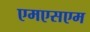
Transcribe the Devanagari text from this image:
एमएसएम